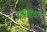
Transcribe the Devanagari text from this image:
यथातथा